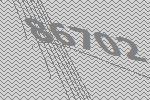
86702